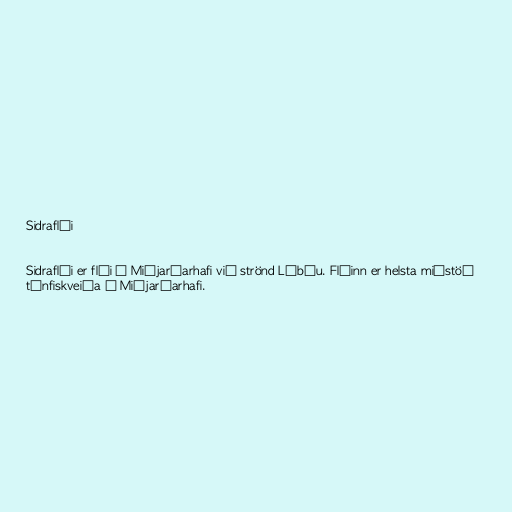
Sidraflói

Sidraflói er flói í Miðjarðarhafi við strönd Líbýu. Flóinn er helsta miðstöð
túnfiskveiða í Miðjarðarhafi.